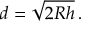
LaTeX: d = { \sqrt { 2 R h } } \, .